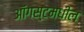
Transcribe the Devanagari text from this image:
ऑगस्टमधील